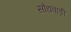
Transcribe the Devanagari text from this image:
सोंधवाड़ी